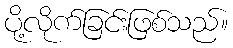
ပို့လိုက်ခြင်းဖြစ်သည်။